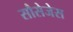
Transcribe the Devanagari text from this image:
सौसेजेस